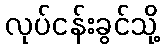
လုပ်ငန်းခွင်သို့